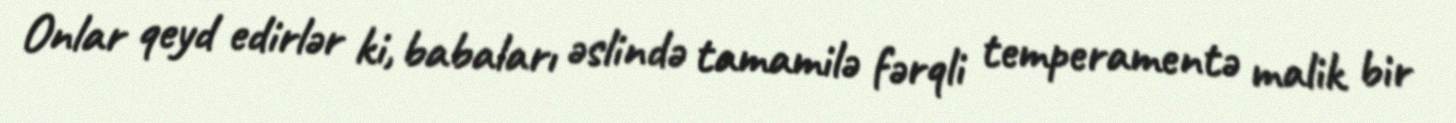
Onlar qeyd edirlər ki, babaları əslində tamamilə fərqli temperamentə malik bir